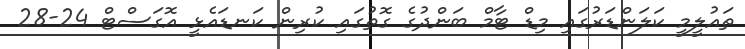
ތައުލީމީ ކަލަންޑަރުގައި މިޑް ޓާމް ބަންދުގެ ގޮތުގައި ކުރިން ކަނޑައެޅީ އޮގަސްޓް 24-28